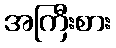
အကြီးစား